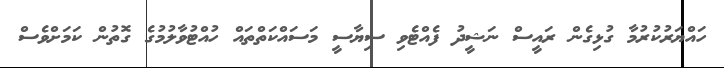
ހައްޔަރުކުރުމާ ގުޅިގެން ރައީސް ނަޝީދު ފެއްޓެވި ސިޔާސީ މަސައްކަތްތައް ހުއްޓުވާލުމުގެ ގޮތުން ކަމަށްވެސް